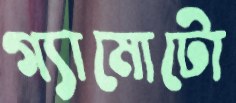
গ্যামোটো